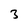
Character: 3